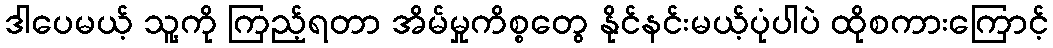
ဒါပေမယ့် သူ့ကို ကြည့်ရတာ အိမ်မှုကိစ္စတွေ နိုင်နင်းမယ့်ပုံပါပဲ ထိုစကားကြောင့်